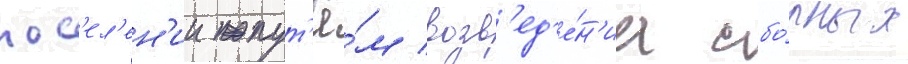
пос'ел'ен'ии пут'ё́м возв'ед'е́н'иа сбо́рных